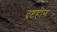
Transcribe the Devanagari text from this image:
दृष्टहीन